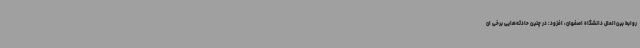
روابط بین‌الملل دانشگاه اصفهان، افزود: در چنین حادثه‌هایی برخی ان